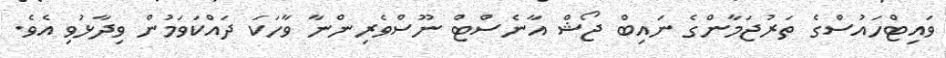
ވައިޓްހައުސްގެ ތަރުޖަމާންގެ ނައިބް ޖޯޝް އާނެސްޓް ނޫސްވެރިންނާ ވާހަކަ ދައްކަވަމުން ވިދާޅުވި އެވެ.